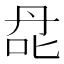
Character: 𰇙